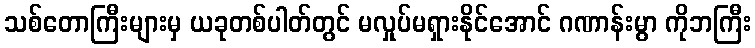
သစ်တောကြီးများမှ ယခုတစ်ပါတ်တွင် မလှုပ်မရှားနိုင်အောင် ဂဏာန်းမွာ ကိုဘကြီး